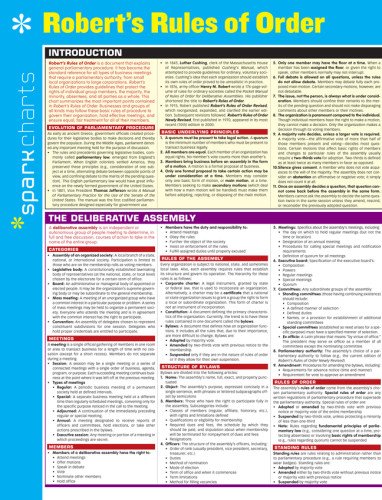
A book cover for Robert's Rules of Order SparkCharts; SparkNotes; Business & Money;